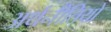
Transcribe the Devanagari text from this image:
अर्थनीतियों